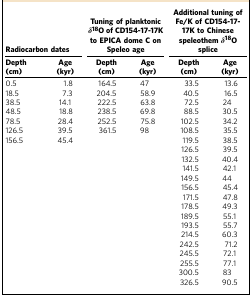
<table><thead><tr><td colspan="2"><b>Radiocarbon dates</b></td><td colspan="2"><b>Tuning of planktonic<i>δ</i><sup>18</sup>O of CD154-17-17K to EPICA dome C on Speleo age</b></td><td colspan="2"><b>Additional tuning of Fe/K of CD154-17-17K to Chinese speleothem<i>δ</i><sup>18</sup>O splice</b></td></tr><tr><td><b>Depth (cm)</b></td><td><b>Age (kyr)</b></td><td><b>Depth (cm)</b></td><td><b>Age (kyr)</b></td><td><b>Depth (cm)</b></td><td><b>Age (kyr)</b></td></tr></thead><tbody><tr><td>0.5</td><td>1.8</td><td>164.5</td><td>47</td><td>33.5</td><td>13.6</td></tr><tr><td>18.5</td><td>7.3</td><td>204.5</td><td>58.9</td><td>40.5</td><td>16.5</td></tr><tr><td>38.5</td><td>14.1</td><td>222.5</td><td>63.8</td><td>72.5</td><td>24</td></tr><tr><td>48.5</td><td>18.8</td><td>238.5</td><td>69.8</td><td>88.5</td><td>30.5</td></tr><tr><td>78.5</td><td>28.4</td><td>252.5</td><td>75.8</td><td>102.5</td><td>34.2</td></tr><tr><td>126.5</td><td>39.5</td><td>361.5</td><td>98</td><td>108.5</td><td>35.5</td></tr><tr><td>156.5</td><td>45.4</td><td> </td><td> </td><td>119.5</td><td>38.5</td></tr><tr><td> </td><td> </td><td> </td><td> </td><td>126.5</td><td>39.5</td></tr><tr><td> </td><td> </td><td> </td><td> </td><td>132.5</td><td>40.4</td></tr><tr><td> </td><td> </td><td> </td><td> </td><td>141.5</td><td>42.1</td></tr><tr><td> </td><td> </td><td> </td><td> </td><td>149.5</td><td>44</td></tr><tr><td> </td><td> </td><td> </td><td> </td><td>156.5</td><td>45.4</td></tr><tr><td> </td><td> </td><td> </td><td> </td><td>171.5</td><td>47.8</td></tr><tr><td> </td><td> </td><td> </td><td> </td><td>178.5</td><td>49.3</td></tr><tr><td> </td><td> </td><td> </td><td> </td><td>189.5</td><td>55.1</td></tr><tr><td> </td><td> </td><td> </td><td> </td><td>193.5</td><td>55.7</td></tr><tr><td> </td><td> </td><td> </td><td> </td><td>214.5</td><td>60.3</td></tr><tr><td> </td><td> </td><td> </td><td> </td><td>242.5</td><td>71.2</td></tr><tr><td> </td><td> </td><td> </td><td> </td><td>245.5</td><td>72.1</td></tr><tr><td> </td><td> </td><td> </td><td> </td><td>255.5</td><td>77.1</td></tr><tr><td> </td><td> </td><td> </td><td> </td><td>300.5</td><td>83</td></tr><tr><td> </td><td> </td><td> </td><td> </td><td>326.5</td><td>90.5</td></tr></tbody></table>